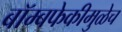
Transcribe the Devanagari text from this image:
बॉम्बफेकीमुळेच